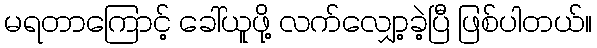
မရတာကြောင့် ခေါ်ယူဖို့ လက်လျှော့ခဲ့ပြီ ဖြစ်ပါတယ်။